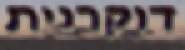
דוקרנית